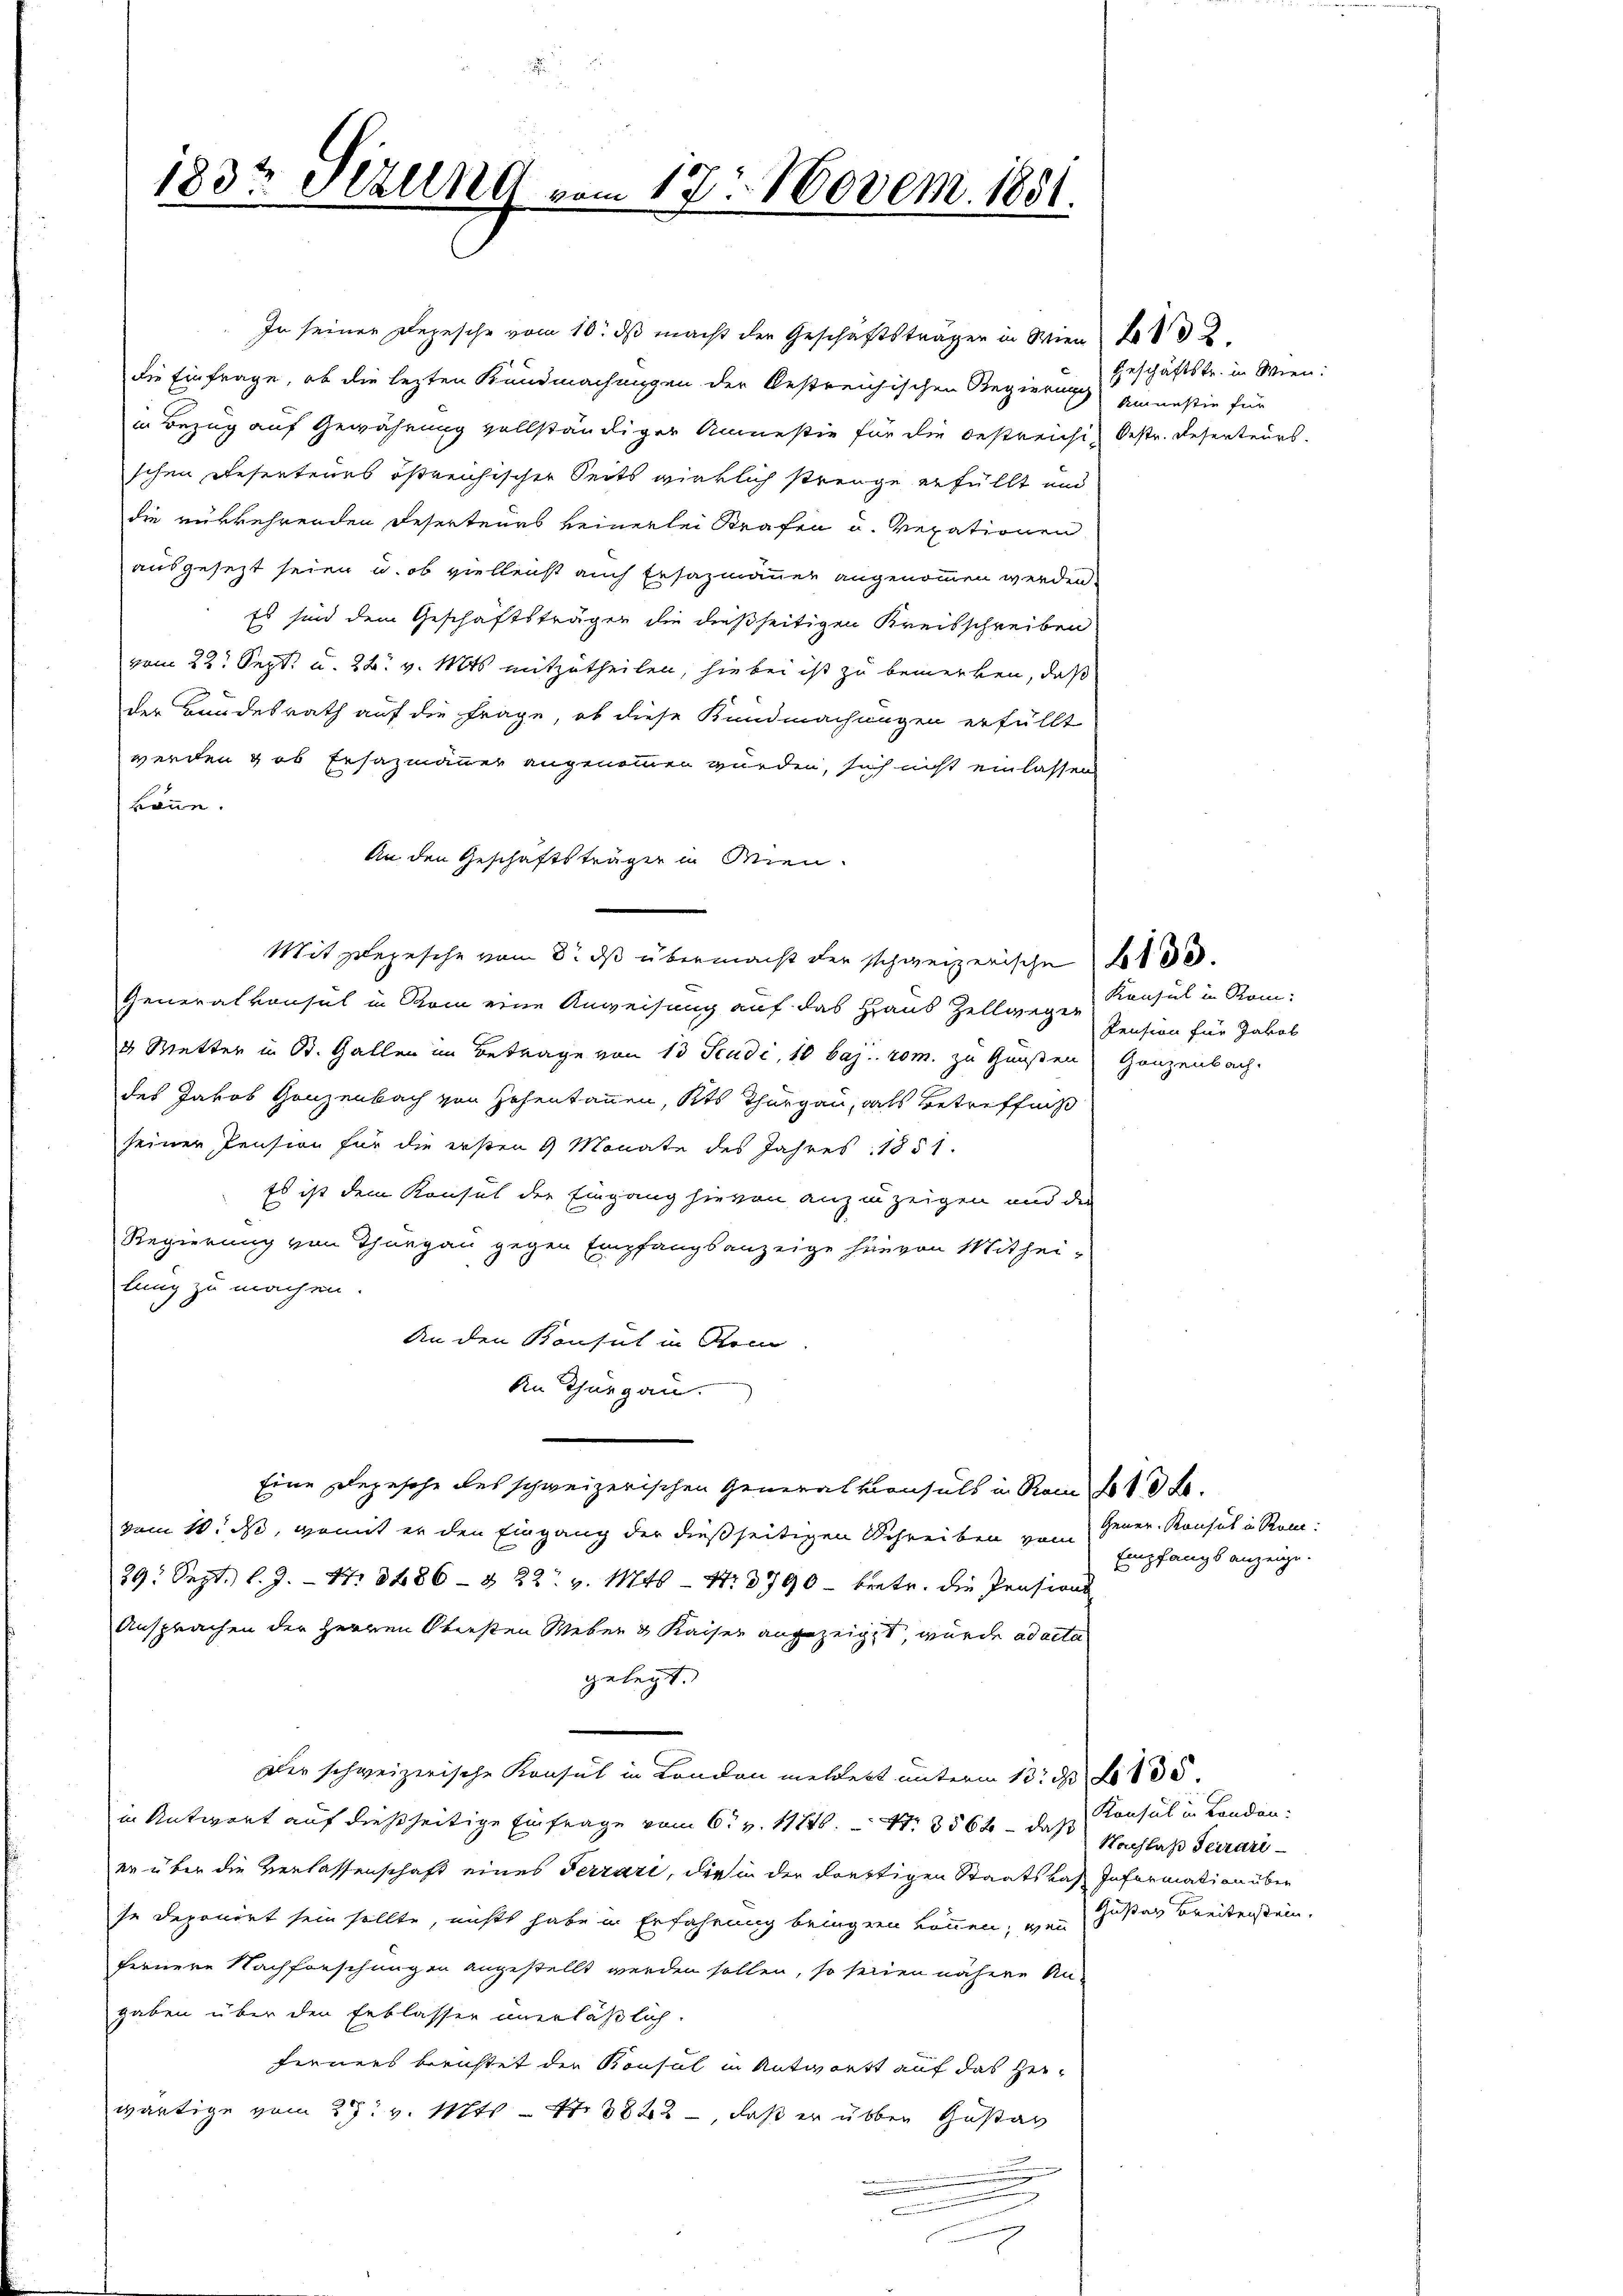
183t Sekung vom 17. Novem. 1851.

die Einfrage, ob die lezten Kundmachungen der bestreichischen Regierung einestie für
in Bezug auf Gewährung vollständiger Amnestie für die bestreichis Oestr. Reserteurs.
schen Resertenes östreichischer Seits wirklich strenge erfüllt und
die rükkehrenden Deserteurs keinerlei Strafen u. vexationen
ausgesezt seien u. ob vielleicht auch Ersatzmanner angenommen werden.
Es sind dem Geschäftsträgen die dießseitigen Kreisschreiben
vom 22. Sept. u. 22. v. Mts. mitzutheilen, hiebei ist zu bemerken, daß
der Bundesrath auf die Frage, ob diese Kundmachungen erfüllt
werden & ob Ersazmänner angenommen wurden, sich nicht einlassen
könne.
An den Geschäftsträger in Wien.
Mit Zepesche vom 8. ds übermacht der schweizerische B
Generalkonsul in Rom eine Anweisung auf das Haus Zellwegen Konsul in Rom:
d Mutter in St. Gallen im Betrage von 13 Scadi, 10 baj. rom. zu Gunsten Ganzenbach.
des Jakob Ganzenbach von Zehentannen, Kts Thurgau, als Betreffniß
seiner Pension für die ersten 9 Monate des Jahres 1851.
Es ist dem Konsul der Eingang hievon anzuzeigen und die
Regierung von Thurgau gegen Empfangsanzeige hievon Mitheilung zu machen.
An den Konsul in Rom
An Thurgau.
Eine Ehegesehe des schweizerischen Generalkonsuls in Rom No 13 f.
vom 10. d, womit er den Eingang der dießseitigen Schreiben vom Gener- Konsul in Rom
29. Sept. l. J. 17. 3486- & 22. v. 146 - 4. 3790 - betr. die Pensions
Ansprachen der Herren Obersten Weben & Kaiser angezeigt, wurde ad acta
gelegt.
Dir schweizerische Konsul in London meldert unterm 13. d. 135.
in Antwort auf dießseitige Einfrage vom 6. v. 11746. No. 3564 das Konsul in Landen
er über die Verlassenschaft eines Terrari, die in der drettigen Staats das Information über
se deponirt sein sollte, nicht habe in Erfahrung beingeren können, wenn
fernere Nachforschungen angestellt werden sollen, so seinen nähere An-
gaben über den Erblasser unerläßlich
ferners berichtet der Konsul in Antwort auf das Herwärtige vom 28t v. Mts. – 17. 3822, daß er über Gustar
.
u
.
n

In seiner Depesche vom 10. ds macht der Geschäftsträger in Wien 2

Geschäftstr. in Wien:

Pension für Jakob

Empfangs anzeige.

Nachlaß derari
Gustav Breiterstein.